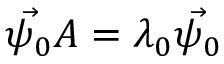
\vec { \psi _ { 0 } } A = \lambda _ { 0 } \vec { \psi _ { 0 } }